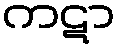
ကဋာ